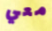
معي